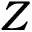
{ Z }